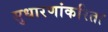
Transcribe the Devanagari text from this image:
सुधारणांकरिता